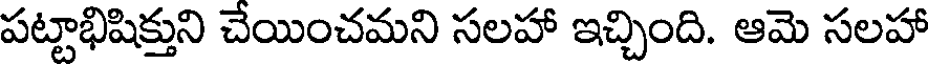
పట్టాభిషిక్తుని చేయించమని సలహా ఇచ్చింది. ఆమె సలహా